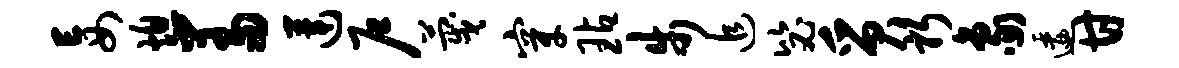
妄熄羞莲户蔑穿玷步追毖质躬象逶甘